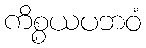
ကိစ္စယပဘဝံ